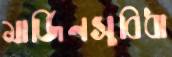
মার্জিনসুবিধা